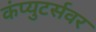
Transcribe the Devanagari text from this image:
कंप्युटर्सवर